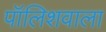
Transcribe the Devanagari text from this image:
पॉलिशवाला